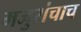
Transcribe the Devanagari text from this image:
मजुरांचाच